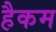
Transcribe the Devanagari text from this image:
हैकम